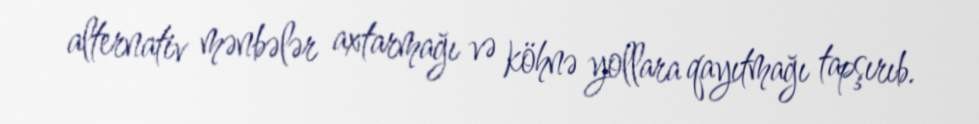
alternativ mənbələr axtarmağı və köhnə yollara qayıtmağı tapşırıb.